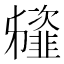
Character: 䪢